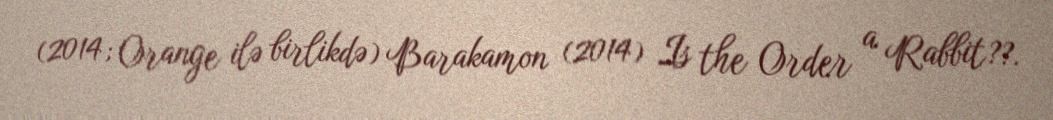
(2014; Orange ilə birlikdə) Barakamon (2014) Is the Order a Rabbit??.